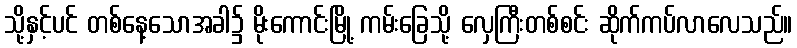
သို့နှင့်ပင် တစ်နေ့သောအခါ၌ မိုးကောင်းမြို့ ကမ်းခြေသို့ လှေကြီးတစ်စင်း ဆိုက်ကပ်လာလေသည်။